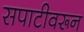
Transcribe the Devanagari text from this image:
सपाटीवरून